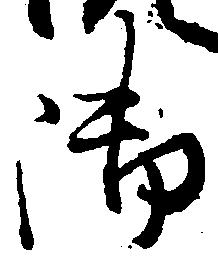
御